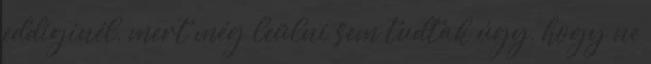
eddiginél, mert még leülni sem tudtak úgy, hogy ne